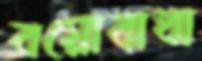
বয়োবাধা